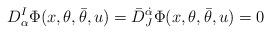
LaTeX: \begin{align*} D^I_\alpha \Phi(x,\theta,\bar\theta,u) = \bar D^{\dot\alpha}_J\Phi(x,\theta,\bar\theta,u)=0\end{align*}